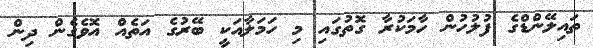
ތައިލޭންޑްގެ ފުލުހުން ހާމަކުރާ ގޮތުގައި މި ހަމަލާއަކީ ބޭރުގެ އަތެއް އޮވެގެން ދިން